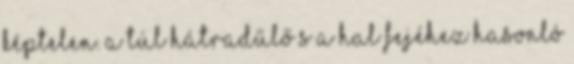
képtelen. A túl hátradűlő s a hal fejéhez hasonló